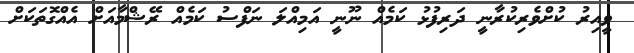
ވީއިރު ކުށްވެރިކުރާނީ ދަރިފުޅު ކަމެއް ނޫނީ އަމިއްލަ ނަފްސު ކަމެއް ރޭޝްމާއަށް އެއްގޮތަކަށް